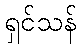
ရှင်သန်